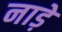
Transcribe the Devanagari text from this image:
नाड़े